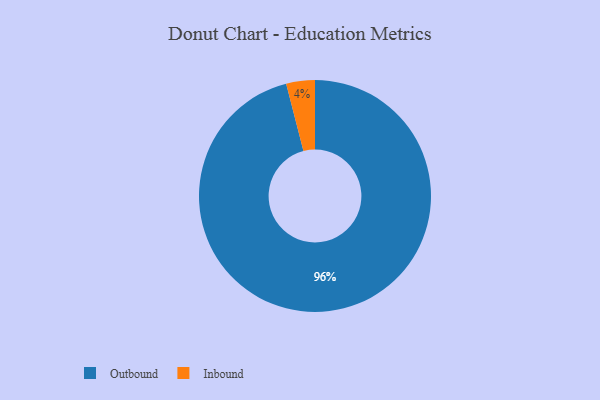
{"axis": {"x": "Category", "y": "Percentage"}, "legend": ["Inbound", "Outbound"], "data": [{"x": "Outbound", "y": 96, "type": "Outbound"}, {"x": "Inbound", "y": 4, "type": "Inbound"}]}